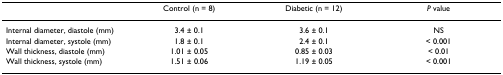
<table><thead><tr><td></td><td><b>Control (n = 8)</b></td><td><b>Diabetic (n = 12)</b></td><td><b><i>P </i>value</b></td></tr></thead><tbody><tr><td>Internal diameter, diastole (mm)</td><td>3.4 ± 0.1</td><td>3.6 ± 0.1</td><td>NS</td></tr><tr><td>Internal diameter, systole (mm)</td><td>1.8 ± 0.1</td><td>2.4 ± 0.1</td><td>&lt; 0.001</td></tr><tr><td>Wall thickness, diastole (mm)</td><td>1.01 ± 0.05</td><td>0.85 ± 0.03</td><td>&lt; 0.01</td></tr><tr><td>Wall thickness, systole (mm)</td><td>1.51 ± 0.06</td><td>1.19 ± 0.05</td><td>&lt; 0.001</td></tr></tbody></table>